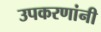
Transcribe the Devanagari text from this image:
उपकरणांनी